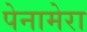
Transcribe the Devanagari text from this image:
पेनामेरा